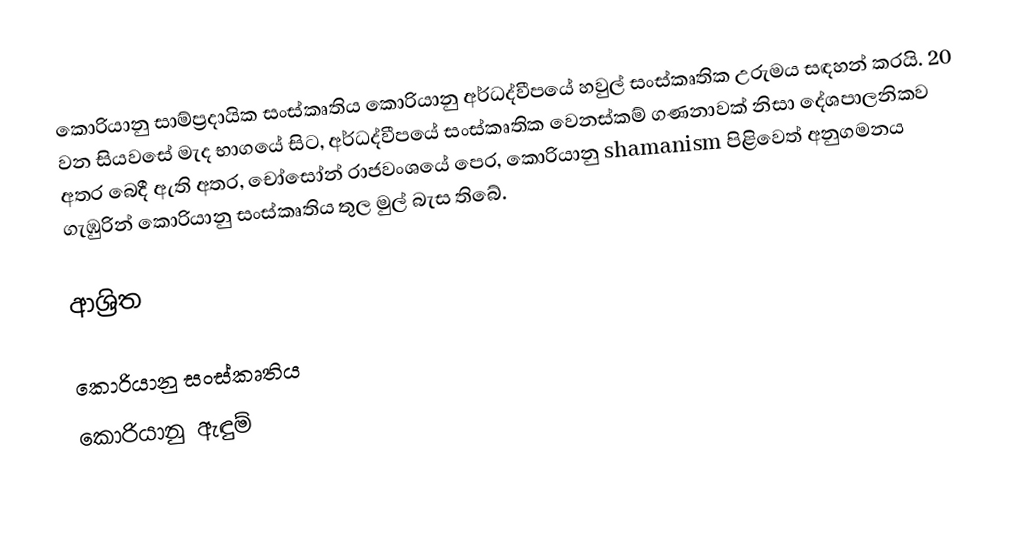
කොරියානු සාම්ප්‍රදායික  සංස්කෘතිය කොරියානු අර්ධද්වීපයේ හවුල් සංස්කෘතික උරුමය සඳහන් කරයි. 20 වන සියවසේ මැද භාගයේ සිට, අර්ධද්වීපයේ සංස්කෘතික වෙනස්කම් ගණනාවක් නිසා දේශපාලනිකව අතර බෙදී ඇති අතර, චෝසෝන් රාජවංශයේ පෙර, කොරියානු shamanism පිළිවෙත් අනුගමනය ගැඹුරින් කොරියානු සංස්කෘතිය තුල මුල් බැස තිබේ.

ආශ්‍රිත

කොරියානු සංස්කෘතිය
කොරියානු ඇඳුම්